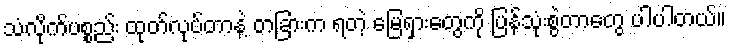
သံလိုက်ပစ္စည်း ထုတ်လုပ်တာနဲ့ တခြားက ရတဲ့ မြေရှားတွေကို ပြန်သုံးစွဲတာတွေ ပါပါတယ်။